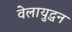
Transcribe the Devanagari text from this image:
वेलायुद्धन